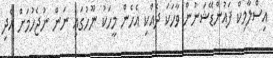
އިސްލާމިކް ފައުންޑޭޝަނުން ވާހަކަ ދެއްކި އެހެން މީހަކު ނޫހުގައި ނަން ނުޖެހުމަށް އެދި